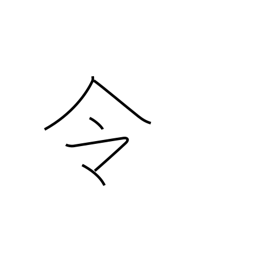
Meaning: command